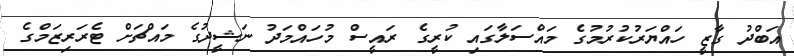
އަބްދު ގާޒީ ހައްޔަރުކުރުމުގެ މައްސަލާގައި ކުރީގެ ރައީސް މުހައްމަދު ނަޝީދުގެ މައްޗަށް ޓެރަރިޒަމްގެ